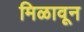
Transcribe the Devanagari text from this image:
मिळावून